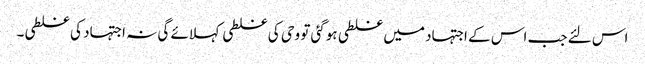
اس لئے جب اس کے اجتہاد میں غلطی ہوگئی تو وحی کی غلطی کہلائے گی نہ اجتہاد کی غلطی۔